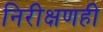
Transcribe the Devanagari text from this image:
निरीक्षणही